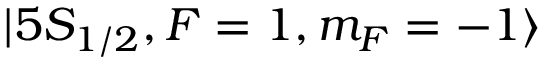
| 5 S _ { 1 / 2 } , F = 1 , m _ { F } = - 1 \rangle